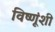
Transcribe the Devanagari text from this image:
विष्णूंशी